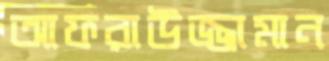
আফরাউজ্জামান